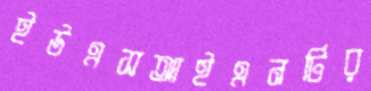
ইউএসআইএনটির